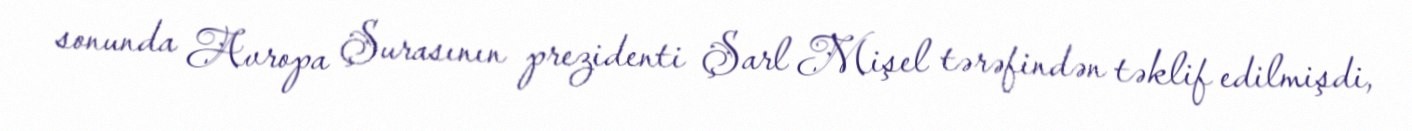
sonunda Avropa Şurasının prezidenti Şarl Mişel tərəfindən təklif edilmişdi,